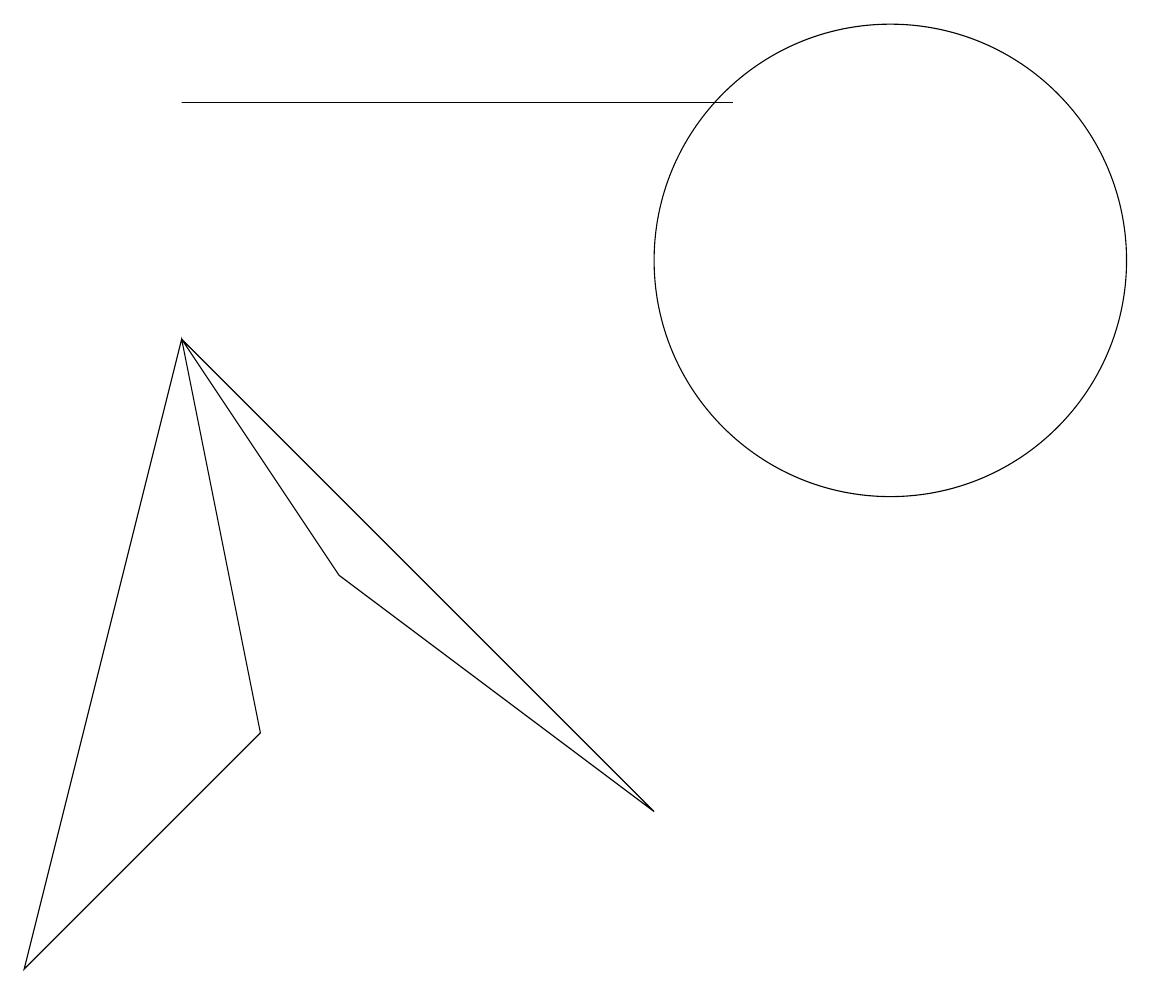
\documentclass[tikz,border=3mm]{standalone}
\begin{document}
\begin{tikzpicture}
\draw (9,12) rectangle (2,12);
\draw (11,10) circle (3);
\draw (2,9) -- (4,6) -- (8,3) -- cycle;
\draw (2,9) -- (3,4) -- (0,1) -- cycle;
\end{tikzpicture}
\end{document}